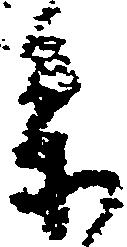
参